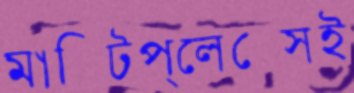
মাল্টিপ্লেক্সেই